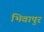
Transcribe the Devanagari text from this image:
भिवापुर